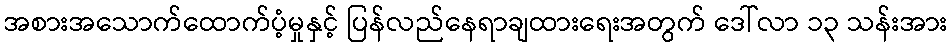
အစားအသောက်ထောက်ပံ့မှုနှင့် ပြန်လည်နေရာချထားရေးအတွက် ဒေါ်လာ ၁၃ သန်းအား